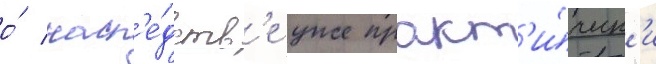
о́ насл'е́дств'е уже практ'и́ческ'и